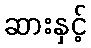
ဆားနှင့်